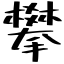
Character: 攀